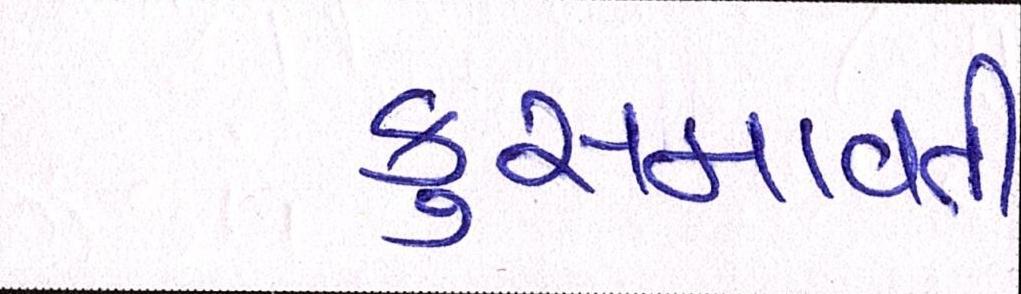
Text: કુસમાવતી